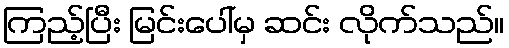
ကြည့်ပြီး မြင်းပေါ်မှ ဆင်း လိုက်သည်။